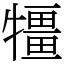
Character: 㹔